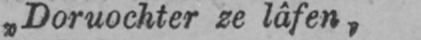
„Doruochter ze lâfen,